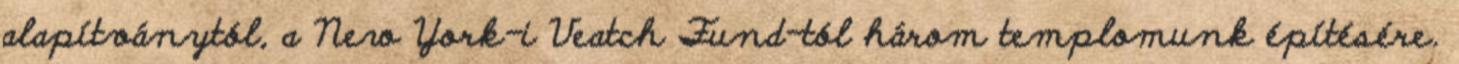
alapítványtól, a New York-i Veatch Fund-tól három templomunk építésére.